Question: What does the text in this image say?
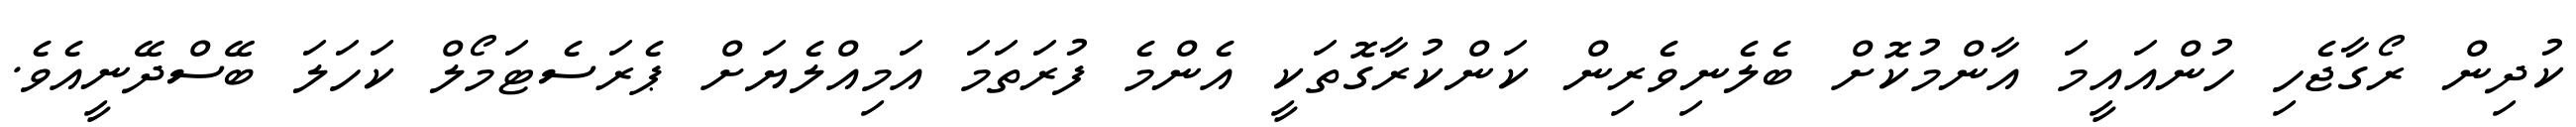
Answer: ކުދިން ރޯގާޖެހި ހުންއައީމަ އާންމުކޮށް ބެލެނިވެރިން ކަންކުރާގޮތަކީ އެންމެ ފުރަތަމަ އަމިއްލެޔަށް ޕެރަސެޓަމޯލް ކަހަލަ ބޭސްދޭނީއެވެ.